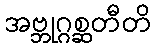
အဗ္ဘုဂ္ဂစ္ဆတီတိ